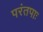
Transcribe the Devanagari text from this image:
परंतपाः